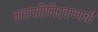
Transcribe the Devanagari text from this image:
महापरिनिर्वाणाची